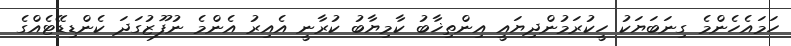
ހަމައެހެންމެ ގިނަބަޔަކު ހީކުރަމުންދިޔައީ އިންތިޚާބު ކާމިޔާބު ކުރާނީ އެއިރު އެންމެ ނުފޫޒުގަދަ ކެންޑިޑޭޓެއްގެ